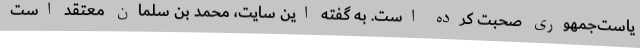
یاست‌جمهوری صحبت کرده است. به گفته این سایت، محمد بن سلمان معتقد است